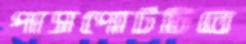
পাসপোর্টটিতে